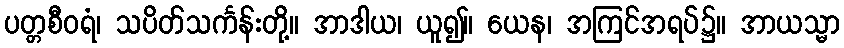
ပတ္တစီဝရံ၊ သပိတ်သင်္ကန်းတို့။ အာဒါယ၊ ယူ၍။ ယေန၊ အကြင်အရပ်၌။ အာယသ္မာ